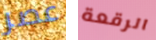
عصر الرقعة